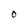
Character: O